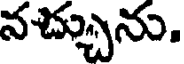
నచ్చును,